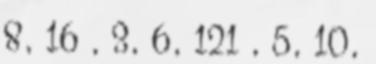
8, 16 , 3, 6, 121 , 5, 10,